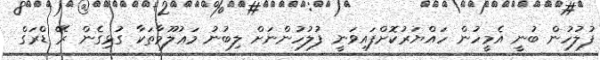
ފުލުހުން ބުނީ އެމީހުން ހައްޔަރުކޮށްފައިވަނީ ފުލުހުންނަށް ލިބުނު މަޢުލޫމާތަކާ ގުޅިގެން ރޭ ޑްރަގް